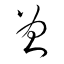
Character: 曾